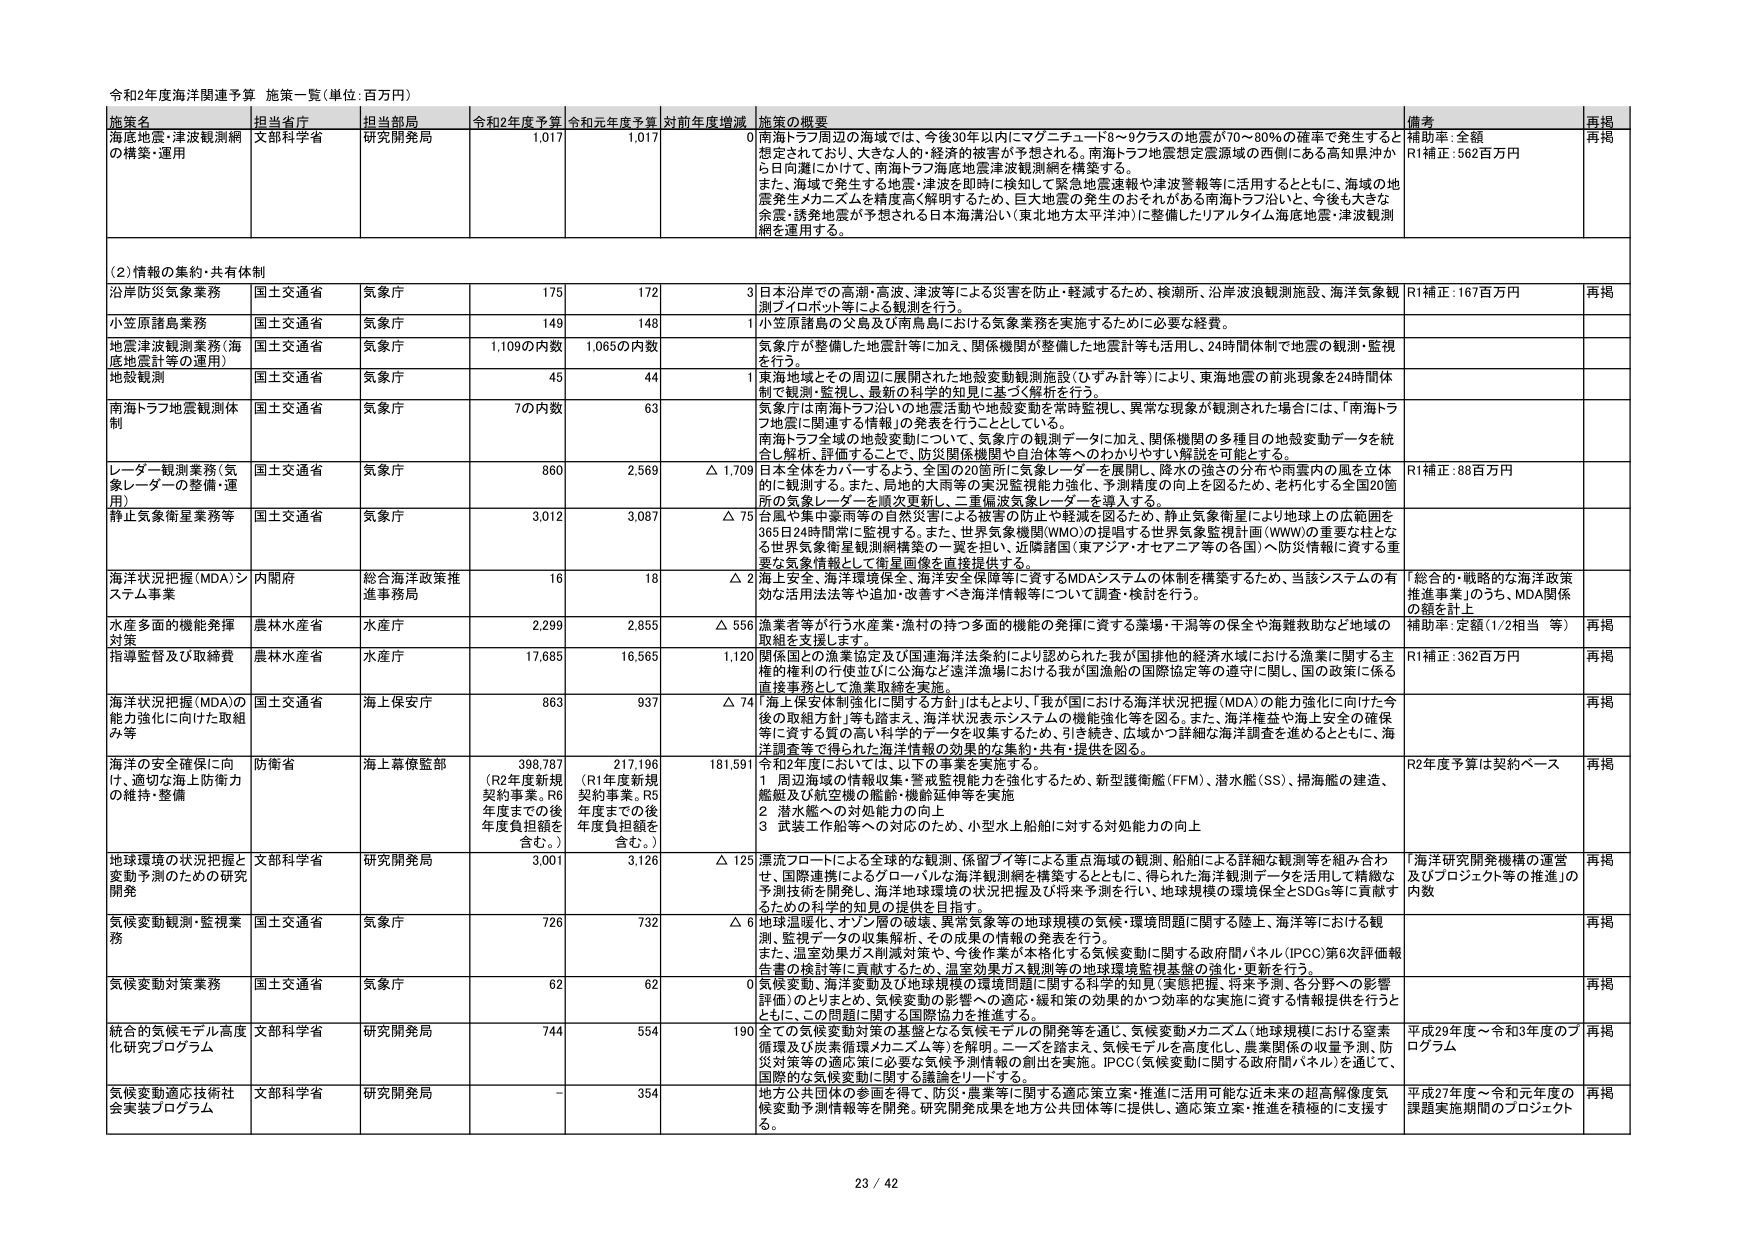
令和2年度海洋関連予算 施策一覧（単位：百万円）

施策名 担当省庁 担当部局 令和2年度予算 令和元年度予算 対前年度増減 施策の概要 備考 再掲
海底地震・津波観測網の構築・運用 文部科学省 研究開発局 1,017 1,017 0 南海トラフ周辺の海域では、今後30年以内にマグニチュード8～9クラスの地震が70～80％の確率で発生すると想定されており、大きな人的・経済的被害が予想される。南海トラフ地震想定震源域の西側にある高知県沖から日向灘にかけて、南海トラフ海底地震津波観測網を構築する。また、海域で発生する地震・津波を即時に検知して緊急地震速報や津波警報等に活用するとともに、海域の地震発生メカニズムを精度高く解明するため、巨大地震の発生のおそれがある南海トラフ沿いと、今後も大きな余震・誘発地震が予想される日本海溝沿い（東北地方太平洋沖）に整備したリアルタイム海底地震・津波観測網を運用する。 補助率・金額 R1補正：562百万円 再掲

（2）情報の集約・共有体制
沿岸防災気象業務 国土交通省 気象庁 175 172 3 日本沿岸での高潮・高波、津波等による災害を防止・軽減するため、検潮所、沿岸波浪観測施設、海洋気象観測ブイロボット等による観測を行う。 R1補正：167百万円 再掲
小笠原諸島業務 国土交通省 気象庁 149 148 1 小笠原諸島の父島及び南鳥島における気象業務を実施するために必要な経費。
地震津波観測業務（海底地震計等の運用） 国土交通省 気象庁 1,109の内数 1,065の内数 気象庁が整備した地震計等に加え、関係機関が整備した地震計等も活用し、24時間体制で地震の観測・監視を行う。
地殻観測 国土交通省 気象庁 45 44 1 東海地域とその周辺に展開された地殻変動観測施設（ひずみ計等）により、東海地震の前兆現象を24時間体制で観測・監視し、最新の科学的知見に基づく解析を行う。
南海トラフ地震観測体制 国土交通省 気象庁 70の内数 63 気象庁は南海トラフ沿いの地震活動や地殻変動を常時監視し、異常な現象が観測された場合には、「南海トラフ地震に関連する情報」の発表を行うこととしている。南海トラフ全域の地殻変動について、気象庁の観測データに加え、関係機関の多種目の地殻変動データを統合し解析、評価することで、防災関係機関や自治体等へのわかりやすい解説を可能とする。
レーダー観測業務（気象レーダーの整備・運用） 国土交通省 気象庁 860 2,569 △ 1,709 日本全体をカバーするよう、全国の20箇所に気象レーダーを展開し、降水の強さの分布や雨雲内の風を立体的に観測する。また、局地的大雨等の実況監視能力強化、予測精度の向上を図るため、老朽化する全国20箇所の気象レーダーを順次更新し、二重偏波気象レーダーを導入する。 R1補正：88百万円
静止気象衛星業務等 国土交通省 気象庁 3,012 3,087 △ 75 台風や集中豪雨等の自然災害による被害の防止や軽減を図るため、静止気象衛星により地球上の広範囲を365日24時間常に監視する。また、世界気象機関（WMO）の提唱する世界気象監視計画（WWW）の重要な柱となる世界気象衛星観測網構築の一翼を担い、近隣諸国（東アジア・オセアニア等の各国）へ防災情報に資する重要な気象情報として衛星画像を直接提供する。
海洋状況把握（MDA）システム事業 内閣府 総合海洋政策推進事務局 16 18 △ 2 海上安全、海洋環境保全、海洋安全保障等に資するMDAシステムの体制を構築するため、当該システムの有効な活用方法等や追加・改善すべき海洋情報等について調査・検討を行う。 「総合的・戦略的な海洋政策推進事業」のうち、MDA関係の額を計上
水産多面的機能発揮対策 農林水産省 水産庁 2,299 2,855 △ 556 漁業者等が行う水産業・漁村の持つ多面的機能の発揮に資する藻場・干潟等の保全や漁獲救助など地域の取組を支援します。 補助率・定額（1/2相当 等） 再掲
指揮監督及び取締費 農林水産省 水産庁 17,685 16,565 1,120 関係国との漁業協定及び国連海洋法条約により認められた我が国排他的経済水域における漁業に関する主権的権利の行使並びに公海など遠洋漁場における我が国漁船の国際協定等の遵守に関し、国の政策に係る直接事務として漁業取締を実施。 R1補正：362百万円 再掲
海洋状況把握（MDA）の能力強化に向けた取組み等 国土交通省 海上保安庁 863 937 △ 74 「海上保安体制強化に関する方針」はもとより、「我が国における海洋状況把握（MDA）の能力強化に向けた今後の取組方針」等も踏まえ、海洋状況表示システムの機能強化等を図る。また、海洋権益や海上安全の確保等に資する質の高い科学的データを収集するため、引き続き、広域かつ詳細な海洋調査を進めるとともに、海洋調査等で得られた海洋情報の効果的な集約・共有・提供を図る。 再掲
海洋の安全確保に向け、適切な海上防衛力の維持・整備 防衛省 海上幕僚監部 398,787 （R2年度新規契約事業。R6年度までの後年度負担額を含む。） 217,196 （R1年度新規契約事業。R5年度までの後年度負担額を含む。） 181,591 令和2年度においては、以下の事業を実施する。 1．周辺海域の情報収集・警戒監視能力を強化するため、新型護衛艦（FFM）、潜水艦（SS）、掃海艦の建造、艦艇及び航空機の艦船・機器延伸等を実施 2．潜水艦への対処能力の向上 3．武装工作船等への対応のため、小型水上船舶に対する対処能力の向上 R2年度予算は契約ベース 再掲
地球環境の状況把握と変動予測のための研究開発 文部科学省 研究開発局 3,001 3,126 △ 125 漂流フロートによる全球的な観測、係留ブイ等による重点海域の観測、船舶による詳細な観測等を組み合わせ、国際連携によるグローバルな海洋観測網を構築するとともに、得られた海洋観測データを活用して精緻な予測技術を開発し、海洋地球環境の状況把握及び将来予測を行い、地球規模の環境保全とSDGs等に貢献するための科学的知見の提供を目指す。 「海洋研究開発機構の運営及びプロジェクト等の推進」の内数 再掲
気候変動観測・監視業務 国土交通省 気象庁 726 732 △ 6 地球温暖化・オゾン層の破壊・異常気象等の地球規模の気候・環境問題に関する陸上・海洋等における観測、監視データの収集解析、その成果の情報の発表を行う。また、温室効果ガス削減対策や、今後作業が本格化する気候変動に関する政府間パネル（IPCC）第6次評価報告書の検討等に貢献するため、温室効果ガス観測等の地球環境監視基盤の強化・更新を行う。 再掲
気候変動対策業務 国土交通省 気象庁 62 62 0 気候変動、海洋変動及び地球規模の環境問題に関する科学的知見（実態把握・将来予測、各分野への影響評価）のもとまとめ、気候変動の影響への適応・緩和策の効果的かつ効率的な実施に資する情報提供を行うとともに、この問題に関する国際協力を推進する。 再掲
統合的気候モデル高度化研究プログラム 文部科学省 研究開発局 744 554 190 全ての気候変動対策の基盤となる気候モデルの開発等を通じ、気候変動メカニズム（地球規模における窒素循環及び炭素循環メカニズム等）を解明。ニーズを踏まえ、気候モデルを高度化し、農業関係の収量予測、防災対策等の適応策に必要な気候予測情報の創出を実施。IPCC（気候変動に関する政府間パネル）を通じて、国際的な気候変動に関する議論をリードする。 平成29年度～令和3年度のプログラム 再掲
気候変動適応技術社会実装プログラム 文部科学省 研究開発局 - 354 地方公共団体の参画を得て、防災・農業等に関する適応策立案・推進に活用可能な近未来の超高解像度気候変動予測情報等を開発。研究成果を地方公共団体等に提供し、適応策立案・推進を積極的に支援する。 平成27年度～令和元年度の課題実施期間のプロジェクト 再掲

23 / 42